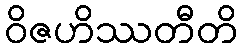
ဝိဇဟိဿတီတိ